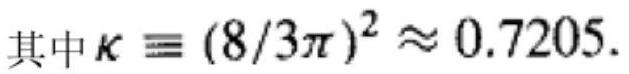
其中$\kappa \equiv (8/3\pi)^2 \approx 0.7205.$